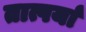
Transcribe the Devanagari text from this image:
तात्पर्या